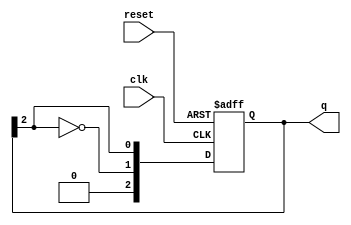
module JohnsonCounter #(
    parameter N = 3  // Parameter for the number of bits (N)
)(
    input wire clk,       // Clock signal
    input wire reset,     // Asynchronous reset
    output reg [N-1:0] q  // Output state of the counter
);

// Always block to handle the state transitions
always @(posedge clk or posedge reset) begin
    if (reset) begin
        // Initialize the counter to 0 on reset
        q <= 0;
    end else begin
        // Johnson counter logic
        q <= {~q[N-1], q[N-1:N-1]}; // Shift and feedback the inverted last bit
    end
end

endmodule